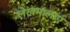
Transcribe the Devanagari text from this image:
लेखमालाएं